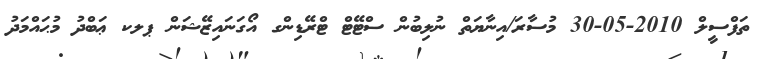
ތަފްސީލް 2010-05-30 މުސާރަ/އިނާޔަތް ނުލިބުން ސްޓޭޓް ޓްރޭޑިންގ އޯގަނައިޒޭޝަން ޕލކ ޢަބްދު މުޙައްމަދު